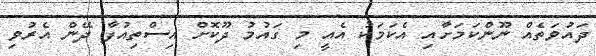
ދައުވަތެއް ނޫންކަމަށާއި އެކަމަކު އެއީ މި ގައުމު ދޫކޮށް އިސްތިއުފާ ދޭން އެރުވި